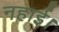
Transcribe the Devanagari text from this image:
नहाई।